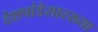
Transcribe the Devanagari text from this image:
देशपांडेसारख्या